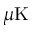
\mu \mathrm { K }